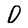
Character: D